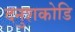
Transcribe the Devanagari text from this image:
दनुशकोडि